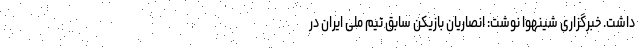
داشت. خبرگزاری شینهوا نوشت: انصاریان بازیکن سابق تیم ملی ایران در